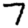
Digit: 7